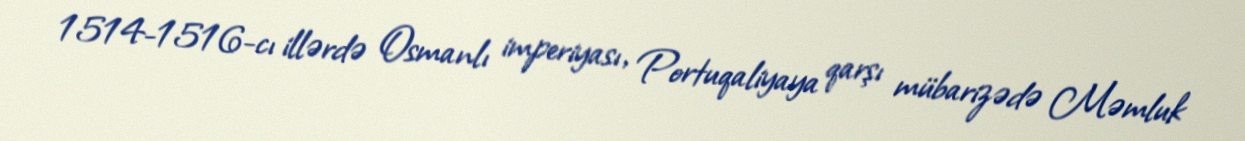
1514-1516-cı illərdə Osmanlı imperiyası, Portuqaliyaya qarşı mübarizədə Məmluk